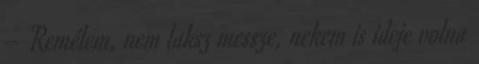
– Remélem, nem laksz messze, nekem is ideje volna